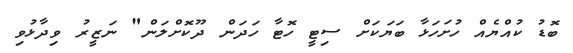
ބޮޑު ކުއްޔެއް ހުށަހަޅާ ބަޔަކަށް ސިޓީ ހޮޓާ ހަދަން ދޫކޮށްލަން" ނަޒީރު ވިދާޅުވި